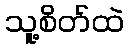
သူ့စိတ်ထဲ